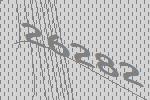
26282